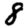
Digit: 8